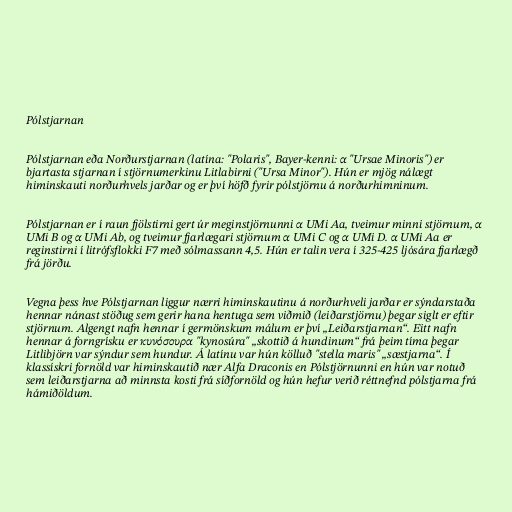
Pólstjarnan

Pólstjarnan eða Norðurstjarnan (latína: "Polaris", Bayer-kenni: α "Ursae Minoris") er
bjartasta stjarnan í stjörnumerkinu Litlabirni ("Ursa Minor"). Hún er mjög nálægt
himinskauti norðurhvels jarðar og er því höfð fyrir pólstjörnu á norðurhimninum.

Pólstjarnan er í raun fjölstirni gert úr meginstjörnunni α UMi Aa, tveimur minni stjörnum, α
UMi B og α UMi Ab, og tveimur fjarlægari stjörnum α UMi C og α UMi D. α UMi Aa er
reginstirni í litrófsflokki F7 með sólmassann 4,5. Hún er talin vera í 325-425 ljósára fjarlægð
frá jörðu.

Vegna þess hve Pólstjarnan liggur nærri himinskautinu á norðurhveli jarðar er sýndarstaða
hennar nánast stöðug sem gerir hana hentuga sem viðmið (leiðarstjörnu) þegar siglt er eftir
stjörnum. Algengt nafn hennar í germönskum málum er því „Leiðarstjarnan“. Eitt nafn
hennar á forngrísku er κυνόσουρα "kynosúra" „skottið á hundinum“ frá þeim tíma þegar
Litlibjörn var sýndur sem hundur. Á latínu var hún kölluð "stella maris" „sæstjarna“. Í
klassískri fornöld var himinskautið nær Alfa Draconis en Pólstjörnunni en hún var notuð
sem leiðarstjarna að minnsta kosti frá síðfornöld og hún hefur verið réttnefnd pólstjarna frá
hámiðöldum.